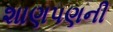
શાણપણની